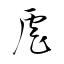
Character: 虐